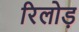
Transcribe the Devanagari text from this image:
रिलोड़